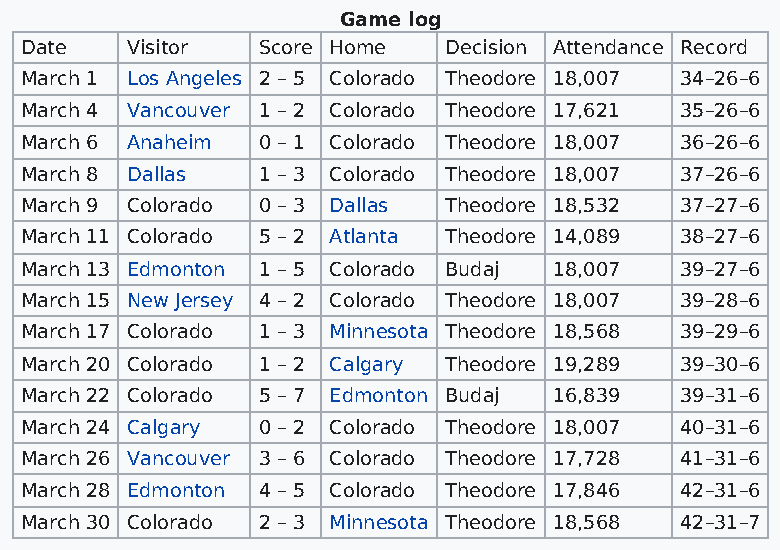
Game log
 Date   Visitor  Score Home  Decision Attendance Record
 March 1 Los Angeles 2 – 5 Colorado Theodore 18,007 34–26–6
 March 4 Vancouver 1 – 2 Colorado Theodore 17,621 35–26–6
 March 6 Anaheim 0 – 1 Colorado Theodore 18,007 36–26–6
 March 8 Dallas  1 – 3 Colorado Theodore 18,007 37–26–6
 March 9 Colorado 0 – 3 Dallas Theodore 18,532 37–27–6
 March 11 Colorado 5 – 2 Atlanta Theodore 14,089 38–27–6
 March 13 Edmonton 1 – 5 Colorado Budaj 18,007 39–27–6
 March 15 New Jersey 4 – 2 Colorado Theodore 18,007 39–28–6
 March 17 Colorado 1 – 3 Minnesota Theodore 18,568 39–29–6
 March 20 Colorado 1 – 2 Calgary Theodore 19,289 39–30–6
 March 22 Colorado 5 – 7 Edmonton Budaj 16,839 39–31–6
 March 24 Calgary 0 – 2 Colorado Theodore 18,007 40–31–6
 March 26 Vancouver 3 – 6 Colorado Theodore 17,728 41–31–6
 March 28 Edmonton 4 – 5 Colorado Theodore 17,846 42–31–6
 March 30 Colorado 2 – 3 Minnesota Theodore 18,568 42–31–7